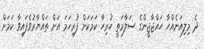
ދެ މިލިއަނެއްހާ ހައްޖާޖީންގެ ސަލާމަތީ ހުރިހާ ކަމަކަށް ފުރިހަމަ އަށް ތައްޔާރުވެފައިވާ ކަމަށް